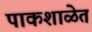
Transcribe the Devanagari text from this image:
पाकशाळेत